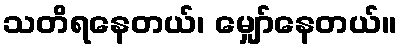
သတိရနေတယ်၊ မျှော်နေတယ်။